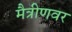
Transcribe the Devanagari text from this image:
मैत्रीणवर